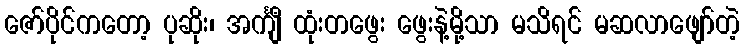
ဇော်ပိုင်ကတော့ ပုဆိုး၊ အင်္ကျီ ထုံးတဖွေး ဖွေးနဲ့မို့သာ မသိရင် မဆလာဖျော်တဲ့